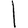
Digit: 1